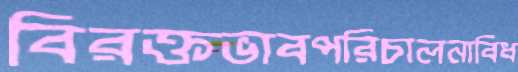
বিরক্তভাবপরিচালনাবিধ